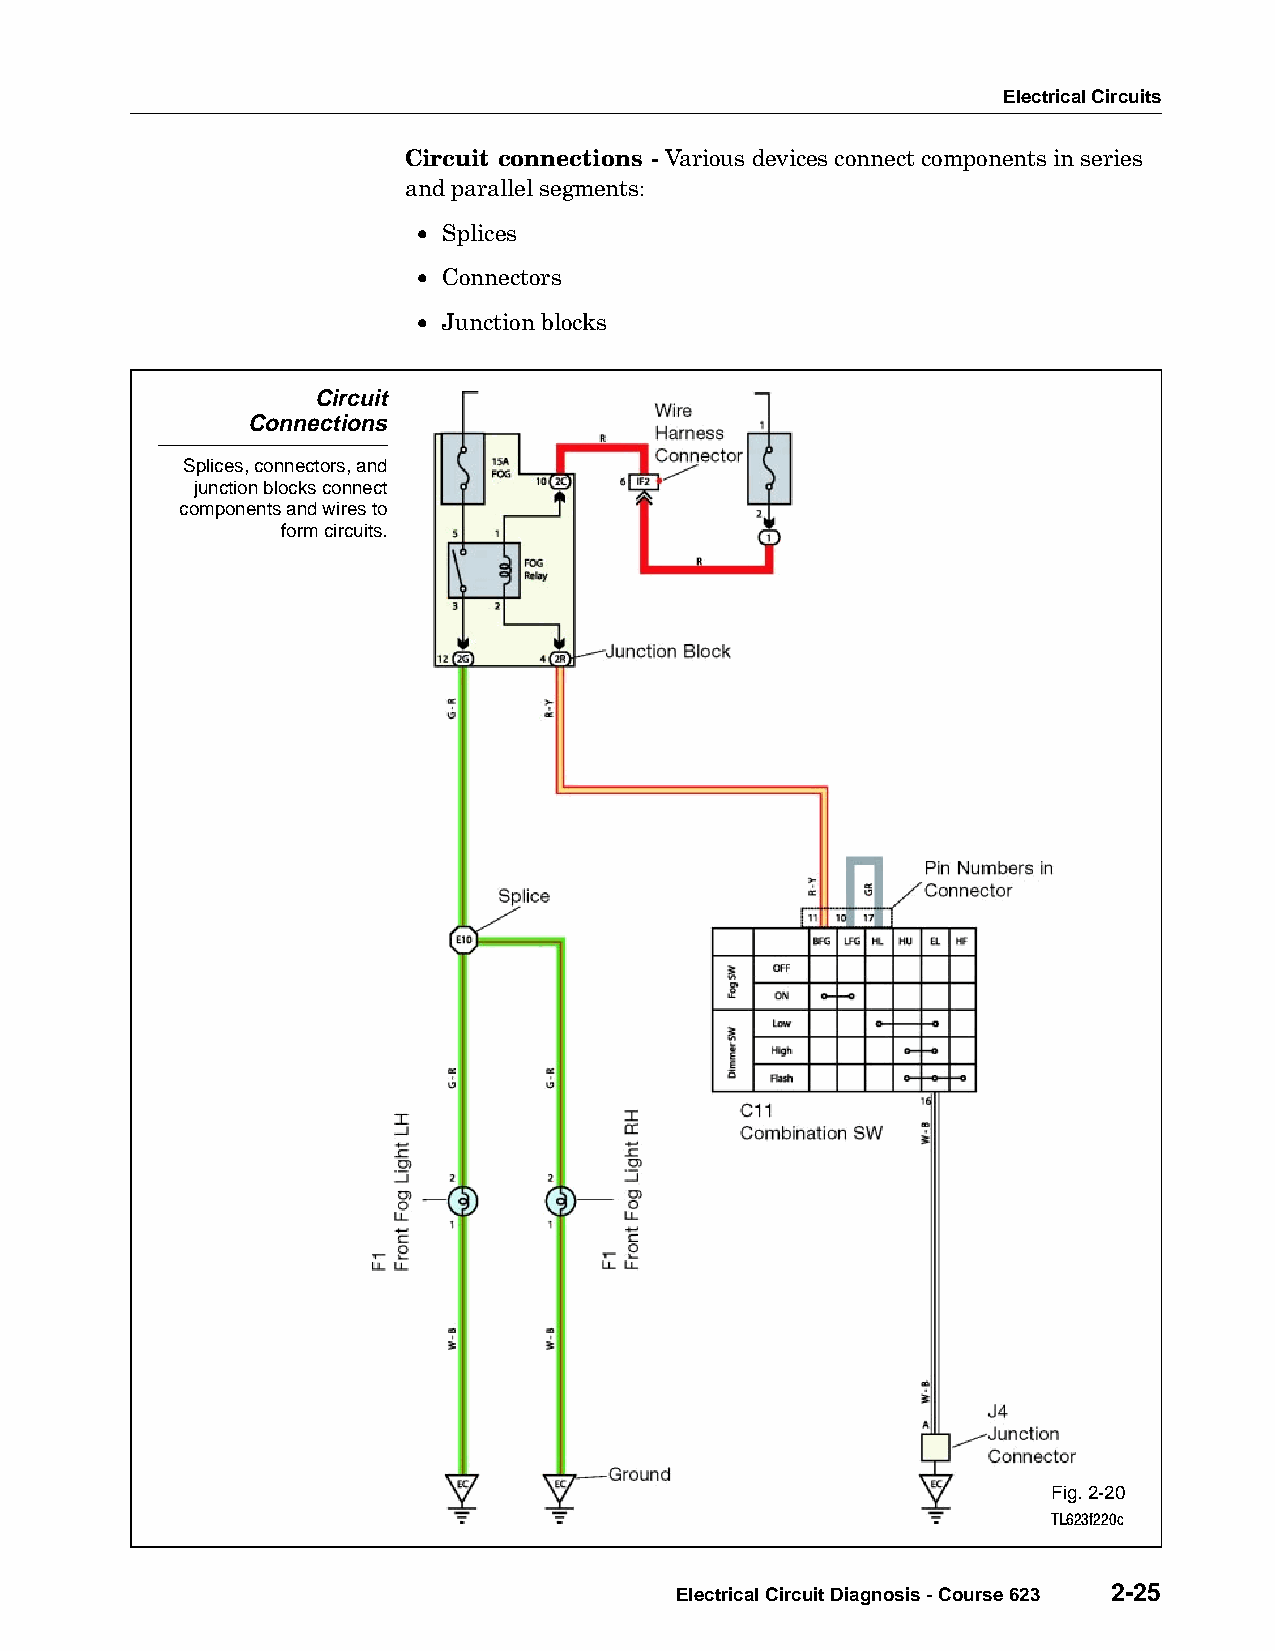
Electrical Circuits
 Circuit connections - Various devices connect components in series
 and parallel segments:
 • Splices
 • Connectors
 • Junction blocks
 Circuit
 Connections
 Splices, connectors, and
 junction blocks connect
 components and wires to
 form circuits.
 Fig. 2-20
 TL623f220c
 Electrical Circuit Diagnosis - Course 623 2-25